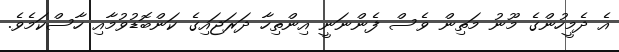
އެ ދެމީހުންގެ މޫނު މަތިން ވެސް ފެންނަނީ އިންތިހާ ދަރަޖައިގެ ކަންބޮޑުވުމާއި ހާސްކަމެވެ.